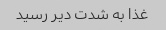
غذا به شدت دیر رسید